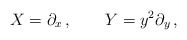
\begin{align*}X=\partial_x\,, \quad \quad Y=y^2\partial_y\,,\end{align*}